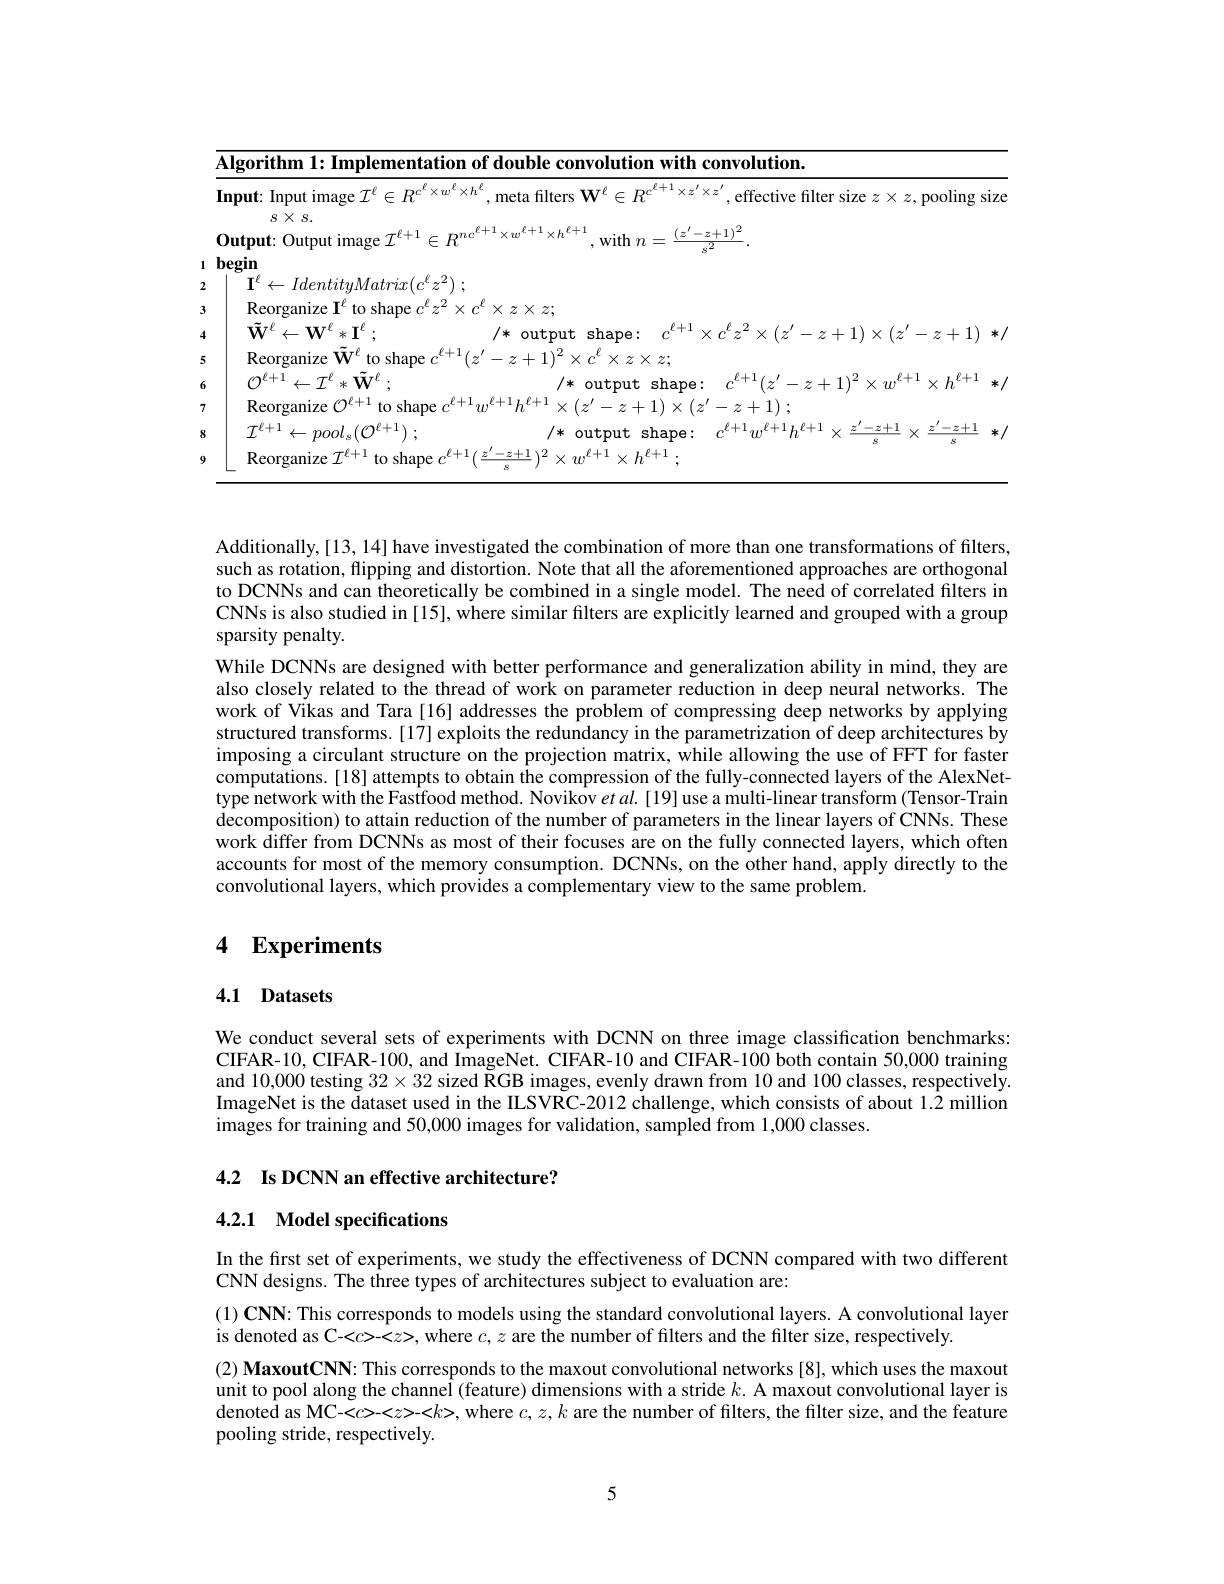
<table>
	<tbody>
		<tr>
			<td> </td>
			<td> </td>
		</tr>
		<tr>
			<td>+1) $z$</td>
			<td>*</td>
		</tr>
		<tr>
			<td> </td>
			<td> </td>
		</tr>
		<tr>
			<td>$,\ell+1$ $x$ $h^{t+ 1}$ $w$</td>
			<td>*</td>
		</tr>
		<tr>
			<td> </td>
			<td> </td>
		</tr>
		<tr>
			<td>$\pm1$ $-z+1$ $X$</td>
			<td>*</td>
		</tr>
		<tr>
			<td> </td>
			<td> </td>
		</tr>
	</tbody>
</table>

Additionally,[13, 14] have investigated the combination of more than one transformations of filters, such as rotation, flipping and distortion. Note that all the aforementioned approaches are orthogonal to DCNNs and can theoretically be combined in a single model. The need of correlated filters in CNNs is also studied in [15], where similar filters are explicitly learned and grouped with a group sparsity penalty.
While DCNNs are designed with better performance and generalization ability in mind, they are also closely related to the thread of work on parameter reduction in deep neural networks. The work of Vikas and Tara[16] addresses the problem of compressing deep networks by applying structured transforms. [17] exploits the redundancy in the parametrization of deep architectures by imposing a circulant structure on the projection matrix, while allowing the use of FFT for faster computations. [18] attempts to obtain the compression of the fully-connected layers of the AlexNettype network with the Fastfood method. Novikov $etal.$ [19] use a multi-linear transform (Tensor-Train decomposition) to attain reduction of the number of parameters in the linear layers of CNNs. These work differ from DCNNs as most of their focuses are on the fully connected layers, which often accounts for most of the memory consumption. DCNNs, on the other hand, apply directly to the convolutional layers, which provides a complementary view to the same problem.

# 4 Experiments

## 4.1 Datasets

We conduct several sets of experiments with DCNN on three image classification benchmarks: CIFAR-10, CIFAR-100, and ImageNet. CIFAR-10 and CIFAR-100 both contain 50,000 training and 10,000 testing $32\times32$ sized RGB images, evenly drawn from 10 and 100 classes, respectively. ImageNet is the dataset used in the ILSVRC-2012 challenge, which consists of about 1.2 million images for training and 50,000 images for validation, sampled from 1,000 classes.

4.2 Is DCNN an effective architecture?

## 4.2.1 Model specifications

In the first set of experiments, we study the effectiveness of DCNN compared with two different
CNN designs. The three types of architectures subject to evaluation are:

(1) CNN: This corresponds to models using the standard convolutional layers. A convolutional layer
is denoted as C-<c>-<z>, where $c,z$ are the number of filters and the filter size, respectively.

(2) MaxoutCNN: This corresponds to the maxout convolutional networks [8], which uses the maxout unit to pool along the channeÎ (feature) dimensions with a stride $k.$ A maxout convolutional layer is denoted as MC-<c>-<z>-<k>, where $c,z,k$ are the number of filters, the filter size, and the feature pooling stride, respectively.

5